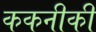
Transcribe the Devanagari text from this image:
ककनीकी